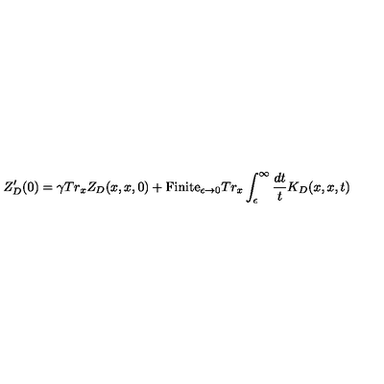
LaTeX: Z _ { D } ^ { \prime } ( 0 ) = \gamma T r _ { x } Z _ { D } ( x , x , 0 ) + \mathrm { F i n i t e } _ { \epsilon \to 0 } T r _ { x } \int _ { \epsilon } ^ { \infty } { \frac { d t } { t } } K _ { D } ( x , x , t )